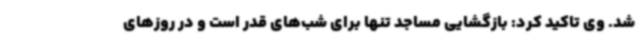
شد. وی تاکید کرد: بازگشایی مساجد تنها برای شب‌های قدر است و در روزهای